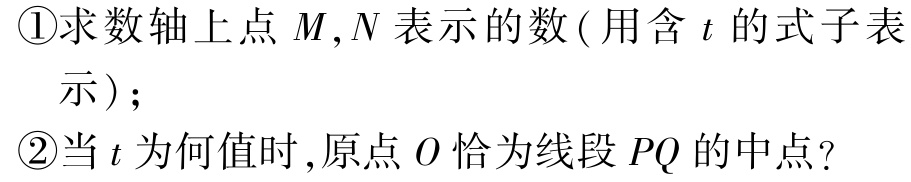
\textcircled{1}求数轴上点 \(M,N\) 表示的数 ( 用含 \(t\) 的式子表示 )；

\textcircled{2}当 \(t\) 为何值时 ,原点 \(O\) 恰为线段 \(PQ\) 的中点?